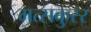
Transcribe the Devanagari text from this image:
मत्सकुरर